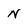
Character: N